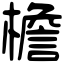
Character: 檐